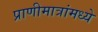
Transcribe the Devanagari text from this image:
प्राणीमात्रांमध्ये